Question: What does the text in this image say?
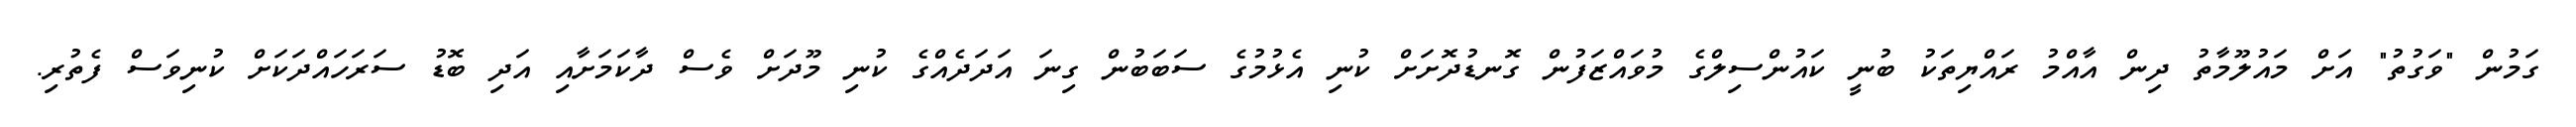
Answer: ގަމުން "ވަގުތު" އަށް މައުލޫމާތު ދިން އާއްމު ރައްޔިތަކު ބުނީ ކައުންސިލްގެ މުވައްޒަފުން ގޮނޑުދޮށަށް ކުނި އެޅުމުގެ ސަބަބުން ގިނަ އަދަދެއްގެ ކުނި މޫދަށް ވެސް ދާކަމަށާއި އަދި ބޮޑު ސަރަހައްދަކަށް ކުނިވަސް ފެތުރި.